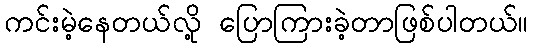
ကင်းမဲ့နေတယ်လို့ ပြောကြားခဲ့တာဖြစ်ပါတယ်။